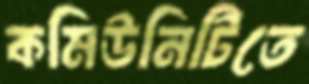
কমিউনিটিতে